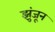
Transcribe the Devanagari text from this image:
झुंजून